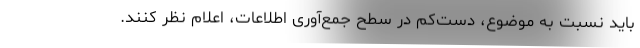
باید نسبت به موضوع، دست‌کم در سطح جمع‌آوری اطلاعات، اعلام نظر کنند.